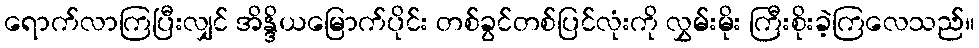
ရောက်လာကြပြီးလျှင် အိန္ဒိယမြောက်ပိုင်း တစ်ခွင်တစ်ပြင်လုံးကို လွှမ်းမိုး ကြီးစိုးခဲ့ကြလေသည်။